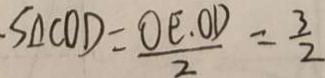
\cdot S _ { \Delta C O D } = \frac { O E \cdot O D } { 2 } = \frac { 3 } { 2 }